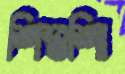
শিশুশিা